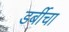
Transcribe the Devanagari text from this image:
डर्बीचा